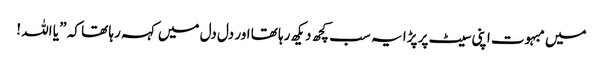
میں مبہوت اپنی سیٹ پر پڑا یہ سب کچھ دیکھ رہا تھا اور دل دل میں کہہ رہا تھا کہ ” یا اللہ !